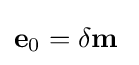
\mathbf {e} _{0}=\delta \mathbf {m} \;